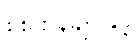
စစ်ဌာနချုပ်နှင့်